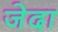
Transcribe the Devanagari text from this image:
जेदा